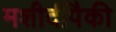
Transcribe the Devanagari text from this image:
मशीदींपैकी